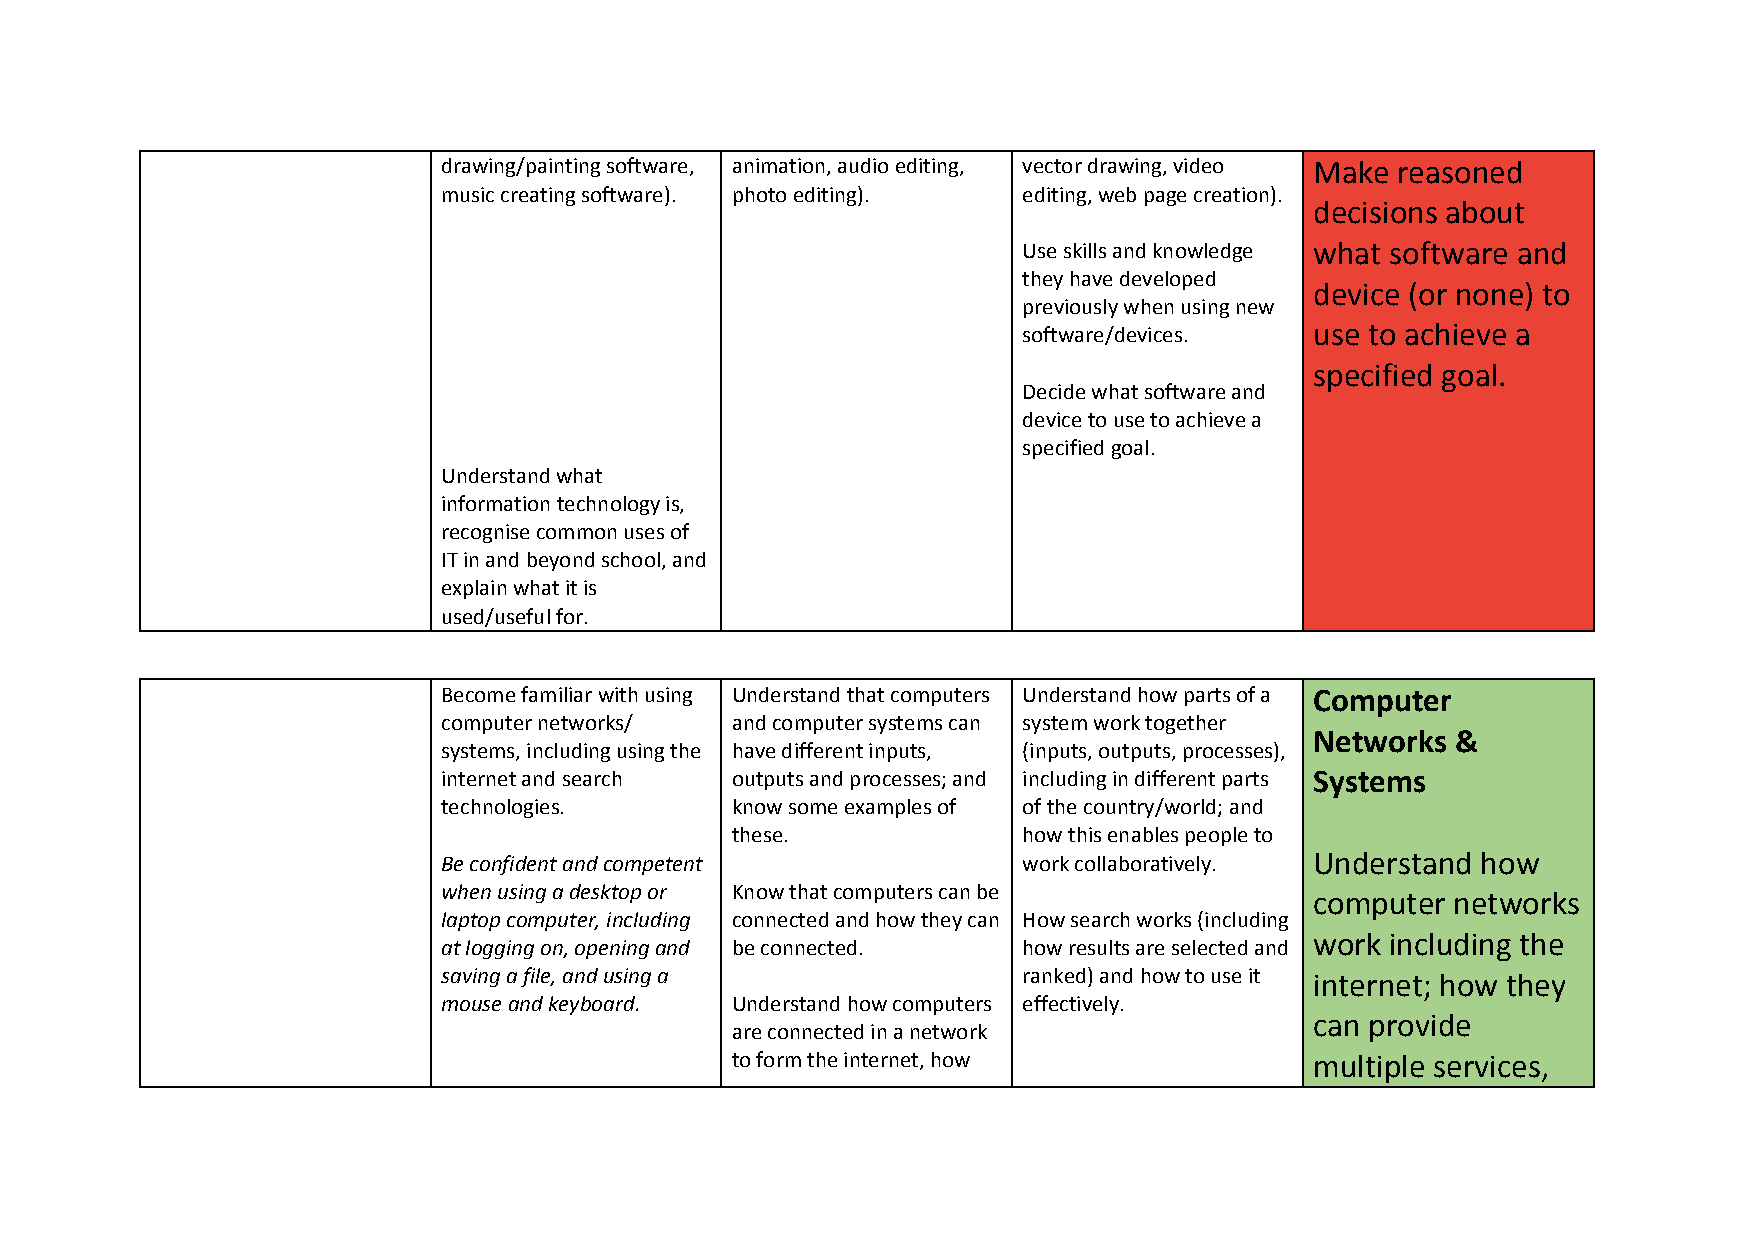
drawing/painting software, animation, audio editing, vector drawing, video Make reasoned
 music creating software). photo editing). editing, web page creation).
 decisions about
 Use skills and knowledge what software and
 they have developed
 device (or none) to
 previously when using new
 software/devices.  use to achieve a
 specified goal.
 Decide what software and
 device to use to achieve a
 specified goal.
 Understand what
 information technology is,
 recognise common uses of
 IT in and beyond school, and
 explain what it is
 used/useful for.
 Become familiar with using Understand that computers Understand how parts of a Computer
 computer networks/ and computer systems can system work together
 Networks &
 systems, including using the have different inputs, (inputs, outputs, processes),
 internet and search outputs and processes; and including in different parts Systems
 technologies.      know some examples of of the country/world; and
 these.              how this enables people to
 Be confident and competent             work collaboratively. Understand how
 when using a desktop or Know that computers can be
 computer networks
 laptop computer, including connected and how they can How search works (including
 work including the
 at logging on, opening and be connected. how results are selected and
 saving a file, and using a             ranked) and how to use it internet; how they
 mouse and keyboard. Understand how computers effectively.
 can provide
 are connected in a network
 to form the internet, how              multiple services,